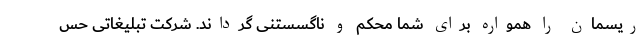
ریسمان را همواره برای شما محکم و ناگسستنی گرداند. شرکت تبلیغاتی حس